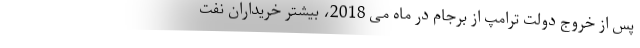
پس از خروج دولت ترامپ از برجام در ماه می 2018، بیشتر خریداران نفت